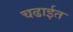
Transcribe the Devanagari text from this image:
चढाईत